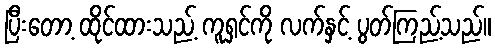
ပြီးတော့ ထိုင်ထားသည့် ကူရှင်ကို လက်နှင့် ပွတ်ကြည့်သည်။